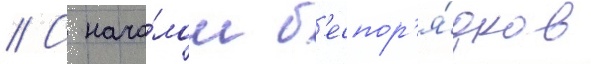
// С нача́лом б'еспор'я́дков